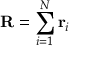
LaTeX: \mathbf { R } = \sum _ { i = 1 } ^ { N } \mathbf { r } _ { i }